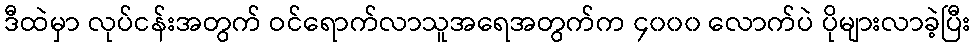
ဒီထဲမှာ လုပ်ငန်းအတွက် ဝင်ရောက်လာသူအရေအတွက်က ၄၀၀၀ လောက်ပဲ ပိုများလာခဲ့ပြီး